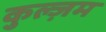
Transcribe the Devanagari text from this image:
कुल्ज़म